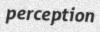
perception